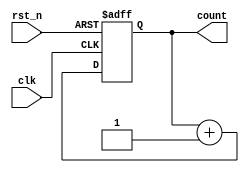
module counter (
    input wire clk,        // Clock input
    input wire rst_n,     // Active-low reset
    output reg [3:0] count // 4-bit counter output
);

// Always block sensitive to the clock and reset
always @ (posedge clk or negedge rst_n) begin
    if (!rst_n) begin
        // Reset logic
        count <= 4'b0000; // Reset the counter to 0
    end else begin
        // Sequential logic: Count up
        count <= count + 1; // Increment the counter
    end
end

// Combinational logic example
always @(*) begin
    // Example combinational logic (not directly related to the counter)
    // This block is sensitive to any change in count
    // Here we could implement some additional functionality based on count
    // For this example, we will just print the current count
    $display("Current Count: %b", count);
end

endmodule